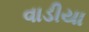
વાડીયા